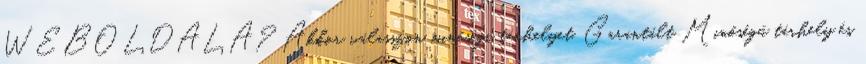
WEBOLDALA? Akkor válasszon minőségi tárhelyet. Garantált Minőségű tárhely és